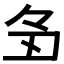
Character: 𬻑